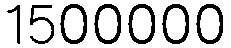
1500000